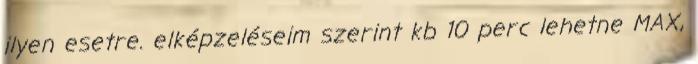
ilyen esetre. elképzeléseim szerint kb 10 perc lehetne MAX,